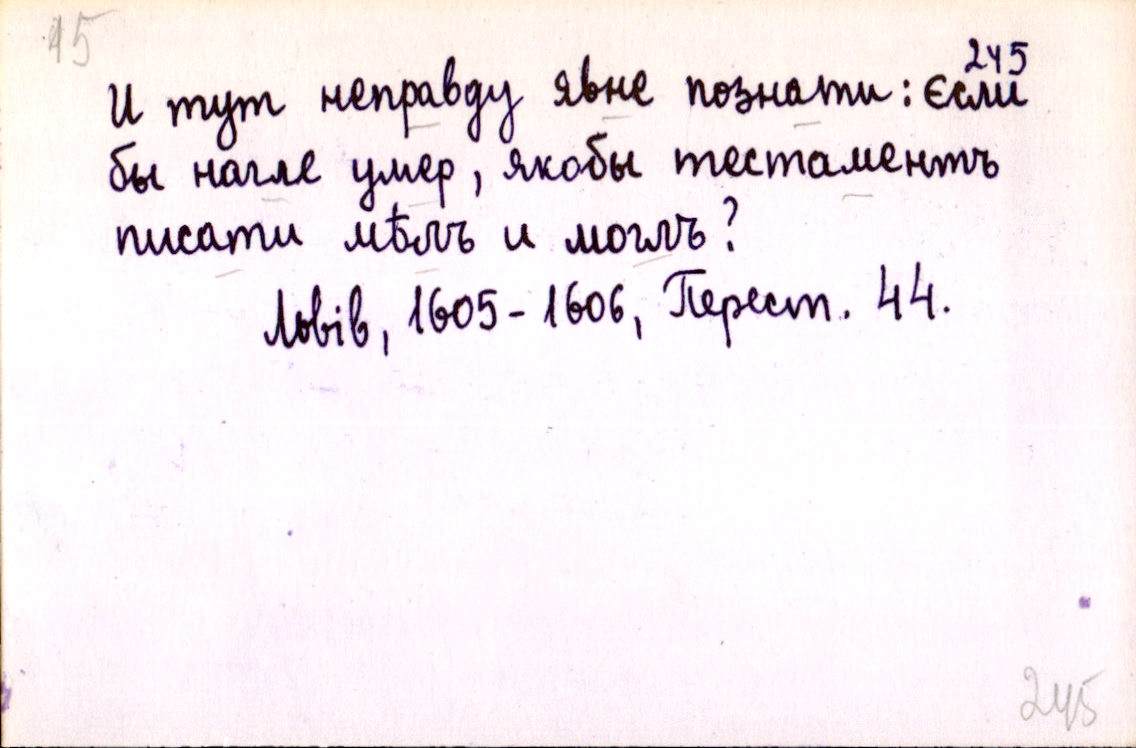
И тут неправду явне познати: єсли
бы нагле умер, якобы тестаментъ
писати мѣлъ и могълъ?
Львів, 1605-1606, Перест. 44.